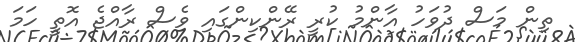
ތިން މަސް ދުވަހު އާންމު ކުރީ ރޭންކިންގައި ވެސް ރާއްޖެ އޮތީ ހަމަ